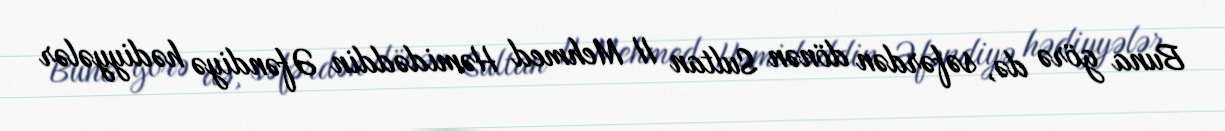
Buna görə də, səfərdən dönən Sultan II Mehmed Həmidəddin Əfəndiyə hədiyyələr